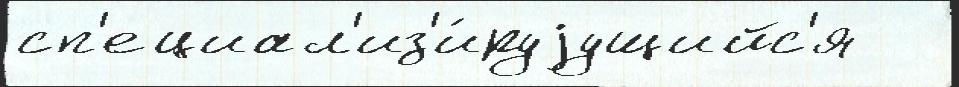
сп'ециал'из'и́руjущийс'я